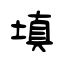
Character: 填